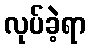
လုပ်ခဲ့ရာ